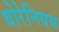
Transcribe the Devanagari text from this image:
थोरेनियम